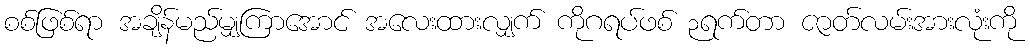
စစ်ဖြစ်ရာ အချိန်မည်မျှကြာအောင် အလေးထားလျှက် ကိုဂရပ်ဖစ် ၃ရက်တာ ဇာတ်လမ်းအားလုံးကို